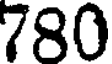
780